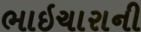
ભાઇચારાની